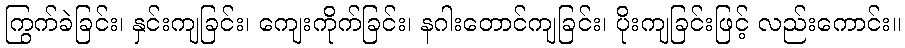
ကြွက်ခဲခြင်း၊ နှင်းကျခြင်း၊ ကျေးကိုက်ခြင်း၊ နဂါးတောင်ကျခြင်း၊ ပိုးကျခြင်းဖြင့် လည်းကောင်း။